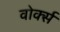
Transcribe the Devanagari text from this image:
वोर्क्स